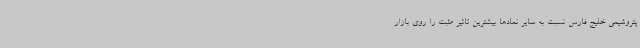
پتروشیمی خلیج فارس نسبت به سایر نمادها بیشترین تاثیر مثبت را روی بازار